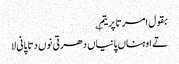
بقول امرتا پریتم ؎
تے اوہناں پانیاں دھرتی نوں دتا پانی لا